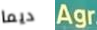
ديما Agr